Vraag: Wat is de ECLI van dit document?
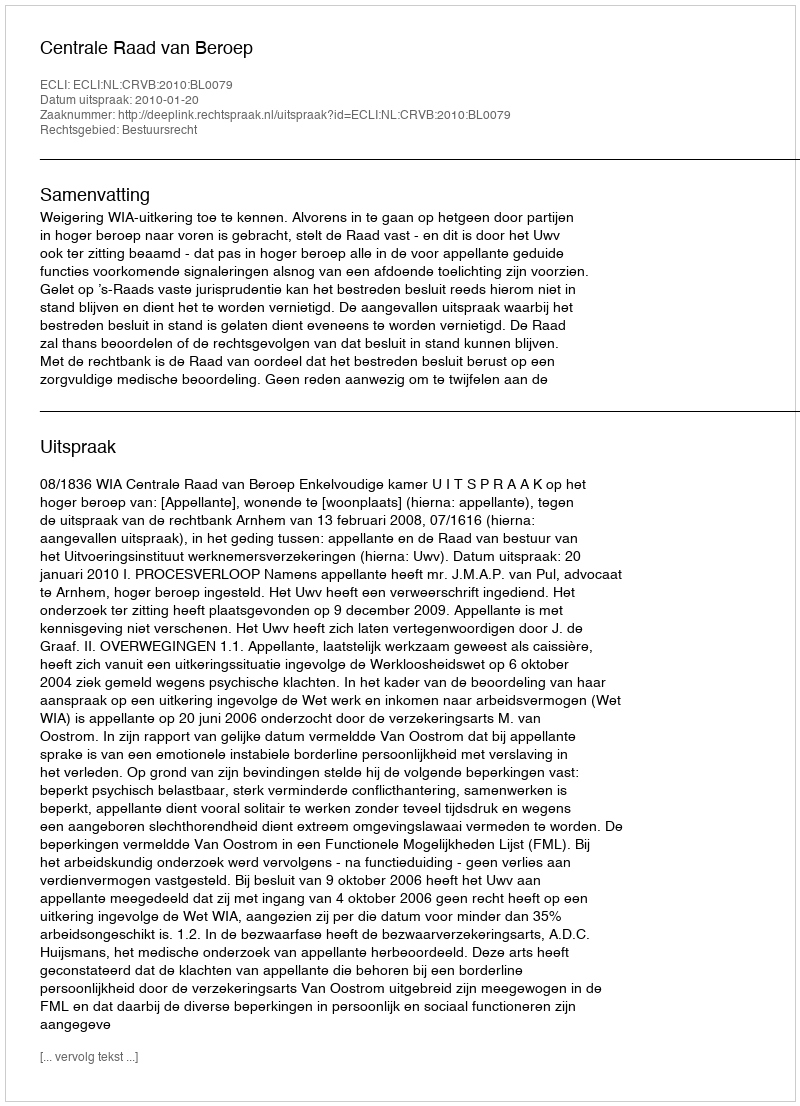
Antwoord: ECLI:NL:CRVB:2010:BL0079